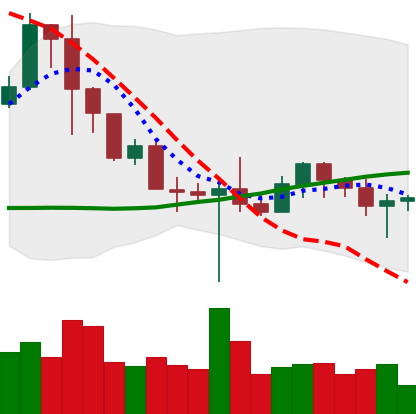
Ticker: BNB-USD
Chart end date: 2022-10-22
Forward return: 6.05%
Label: up_5_7